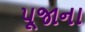
પૂજાના